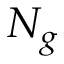
N _ { g }